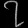
Digit: ၇